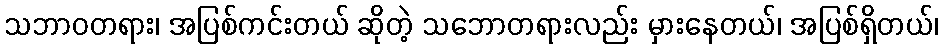
သဘာဝတရား၊ အပြစ်ကင်းတယ် ဆိုတဲ့ သဘောတရားလည်း မှားနေတယ်၊ အပြစ်ရှိတယ်၊